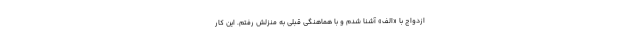
ازدواج با «الف» آشنا شدم و با هماهنگی قبلی به منزلش رفتم. این کار